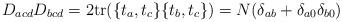
LaTeX: \begin{align*}D_{acd} D_{bcd} = 2 {\rm tr}(\{t_a, t_c\} \{t_b,t_c\})= N (\delta_{ab} + \delta_{a0} \delta_{b0})\end{align*}